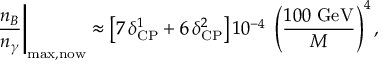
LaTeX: \left. \frac { n _ { B } } { n _ { \gamma } } \right| _ { \mathrm { m a x , n o w } } \approx \left[ 7 \, \delta _ { \mathrm { C P } } ^ { 1 } + 6 \, \delta _ { \mathrm { C P } } ^ { 2 } \right] 1 0 ^ { - 4 } \; \left( \frac { 1 0 0 \mathrm { ~ G e V } } { M } \right) ^ { 4 } ,